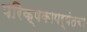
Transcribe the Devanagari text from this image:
परिक्षकापर्यंतचा